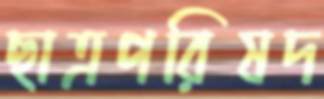
ছাত্রপরিষদ